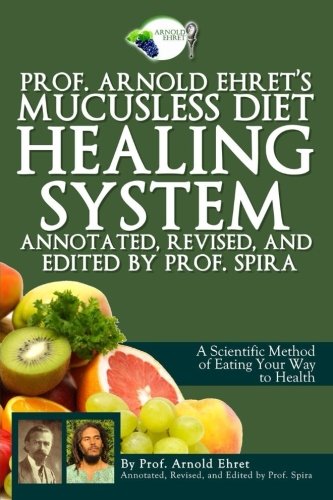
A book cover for Prof. Arnold Ehret's Mucusless Diet Healing System: Annotated, Revised, and Edited by Prof. Spira; Arnold Ehret; Health, Fitness & Dieting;